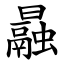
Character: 曧